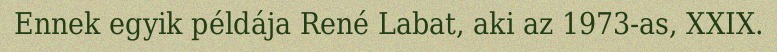
Ennek egyik példája René Labat, aki az 1973-as, XXIX.